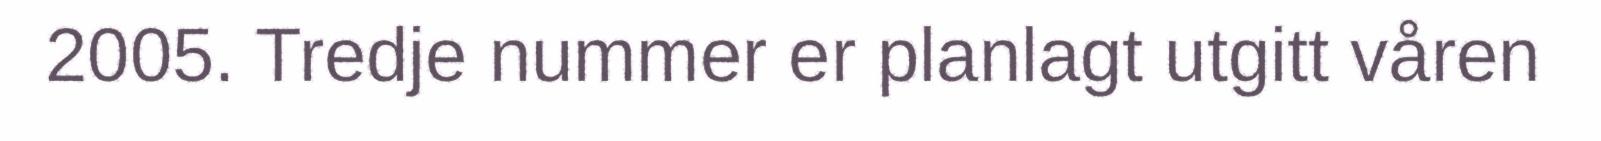
2005. Tredje nummer er planlagt utgitt våren